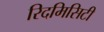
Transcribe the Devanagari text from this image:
रिदमिसिटी